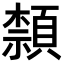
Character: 𮨕